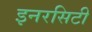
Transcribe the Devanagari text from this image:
इनरसिटी